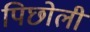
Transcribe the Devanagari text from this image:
पिछोली